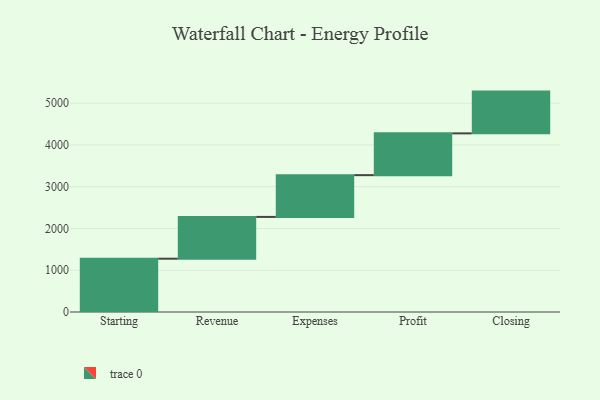
{"axis": {"x": "Step", "y": "Value"}, "legend": [""], "data": [{"x": "Starting", "y": 1276.0, "type": ""}, {"x": "Revenue", "y": 1000, "type": ""}, {"x": "Expenses", "y": 1000, "type": ""}, {"x": "Profit", "y": 1000, "type": ""}, {"x": "Closing", "y": 1000, "type": ""}]}